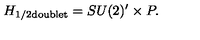
H _ { \mathrm { \tiny 1 / 2 d o u b l e t } } = S U ( 2 ) ^ { \prime } \times P .